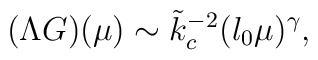
(\Lambda G)(\mu) \sim \tilde{k}_c^{-2} (l_0 \mu)^\gamma ,